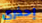
إحذري